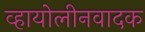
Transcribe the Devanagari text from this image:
व्हायोलीनवादक